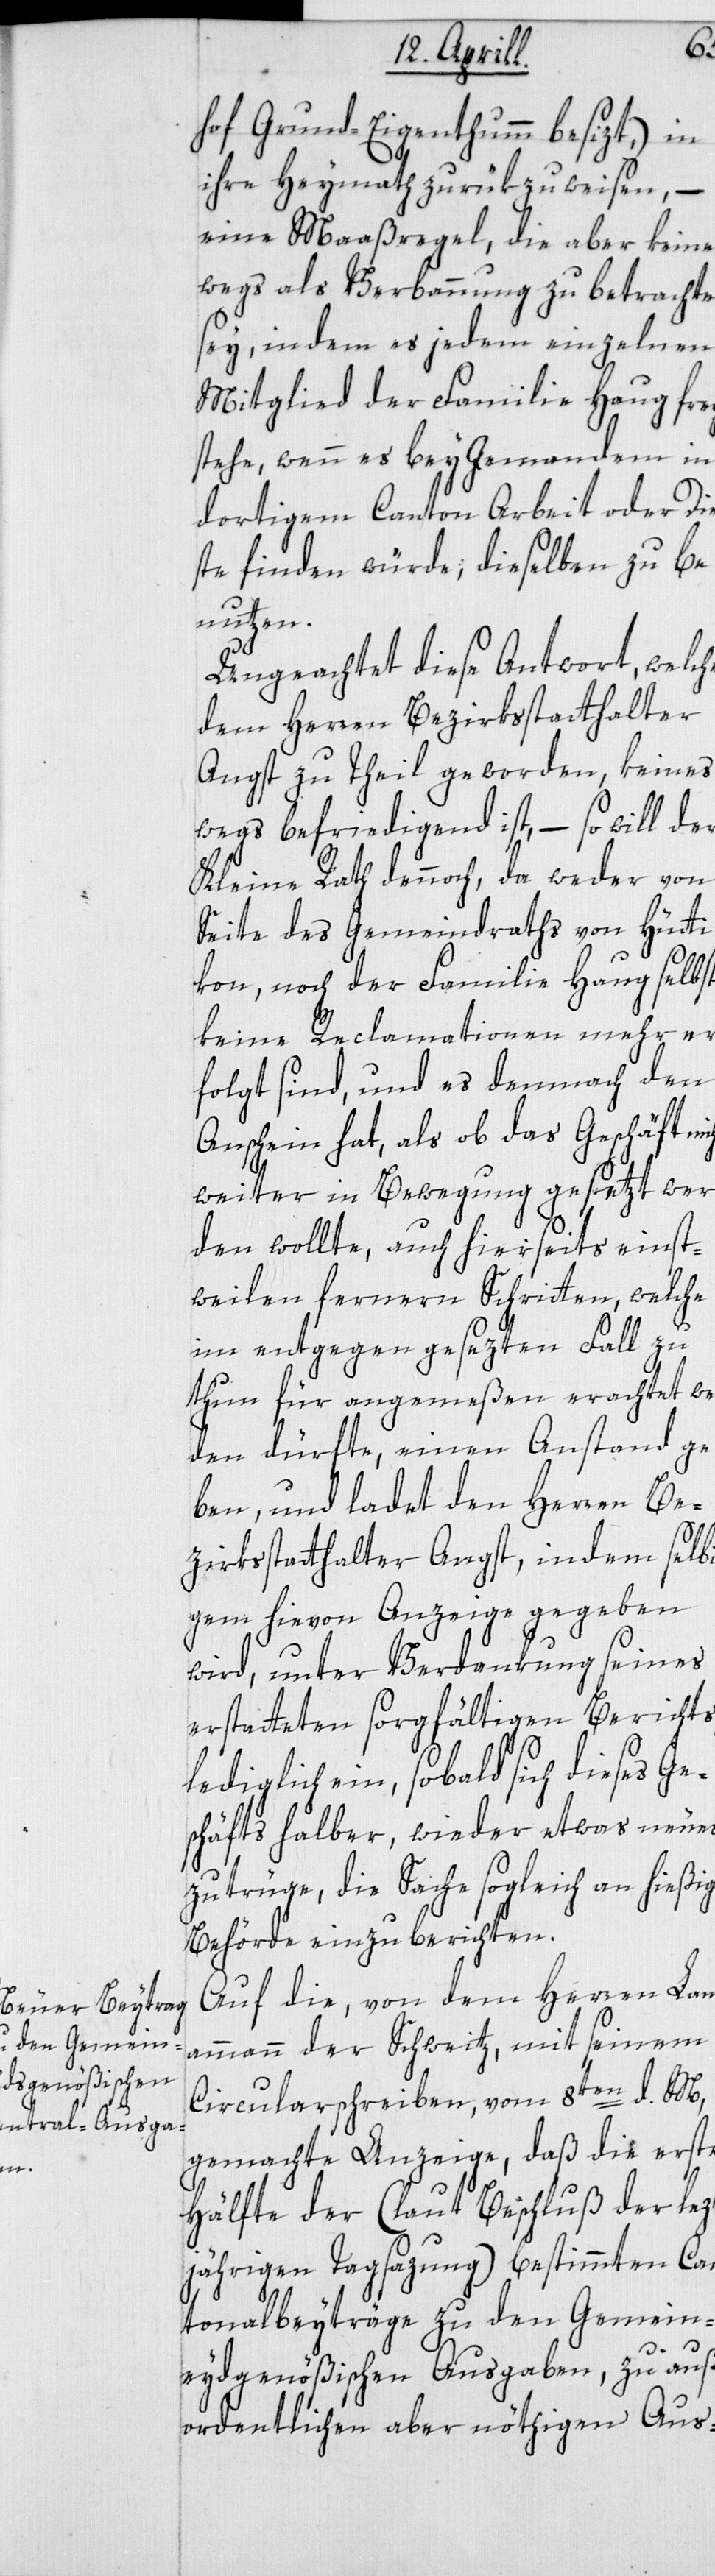
en¬

hof Grundeigentum besitzt), in
ihre Heymath zurük zu weisen, –
eine Maaßregel, die aber keine¬
swegs als Verbannung zu betrachten
sey, in dem es jedem einzelnen
Mitglied der Familie Haug fre¬
ystehe, wenn es bey Jemandem in
dortigem Canton Arbeit oder Di¬
ste finden würde, dieselben zu be¬
nutzen.
Ungeachtet diese Antwort, welche
dem Herren Bezirksstatthalter
Angst zu Theil geworden, keines¬
wegs befriedigend ist, – so will der
Kleine Rath dennoch, da weder von
Seite des Gemeindraths von Hütti¬
kon noch der Familie Haug selbst,
keine Reclamationen mehr er¬
folgt sind, und es demnach den
Anschein hat, als ob das Geschäft
weiter in Bewegung gesetzt wer¬
den wollte, auch hierseits einst¬
weilen fernern Schritten, welche
im entgegen gesezten Fall zu
thun für angemeßen erachtet we¬
rden dürfte, einen Anstand ge¬
ben, und ladet den Herren Be¬
zirksstatthalter Angst, indem selb¬
igem hievon Anzeige gegeben
wird, unter Verdankung seines
erstatteten sorgfältigen Berichts,
lediglich ein, sobald sich dieses Ge¬
schäfts halber, wieder etwas neues
zutrüge, die Sache sogleich an hießige
Behörde einzuberichten.
Auf die von dem Herren Lan¬
dammann der Schweitz, mit seinem
Circularschreiben, vom 8ten d. M.
gemachte Anzeige, daß die erste
Hälfte der (laut Beschluß der lez¬
tjährigen Tagsazung) bestimmten Can¬
tonalbeyträge zu den Gemein¬
eydgenößischen Ausgaben, zu auße¬
rordentlichen aber nöthigen Aus-